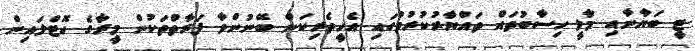
ޓީ ބަޔާނާއި މާލީ ހިސާބުތައް ތައްޔާރުކުރުމުގައި އެހީތެރިކަން ބޭނުންވާ ފަރާތްތަކުން މީރާގެ ހޮޓްލައިން